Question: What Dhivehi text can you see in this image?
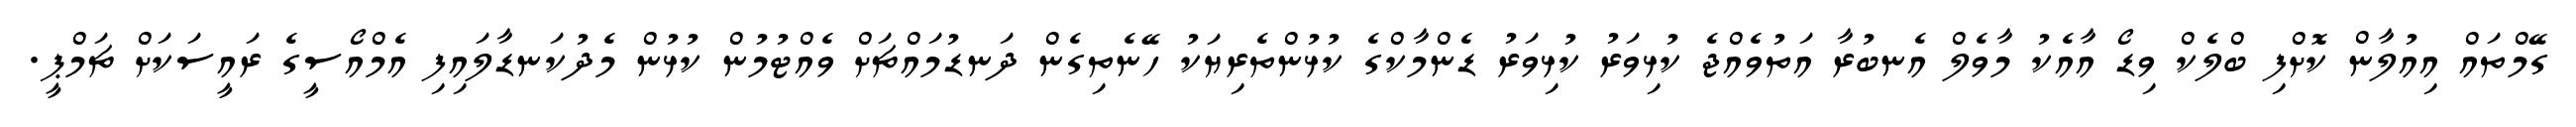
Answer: ގޭމްތައް އިއުލާން ކޮށްފި ބްލެކް ވިޑޯ އާއެކު މާވެލް އެނބުރާ އަތުވެއްޖެ ކުޅިވަރު ކުޅިވަރު ޑެންމާކްގެ ކުޅުންތެރިޔަކު ހޭނެތިގެން ދަނޑުމައްޗަށް ވެއްޓުމުން ކުޅުން މެދުކަނޑާލައިފި އެމްއޯސީގެ ރައީސަކަށް ޗަމްޕީ.